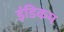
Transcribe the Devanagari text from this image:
इंडिकम